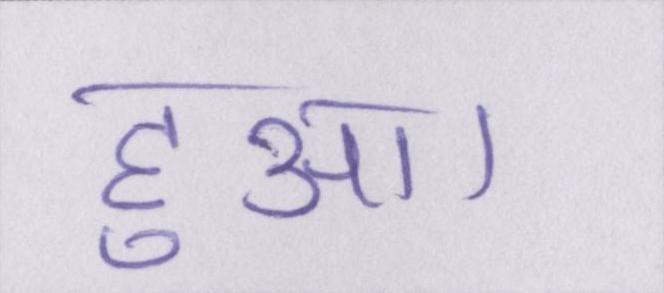
हुआ।